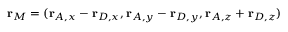
\mathbf { r } _ { M } = ( \mathbf { r } _ { A , x } - \mathbf { r } _ { D , x } , \mathbf { r } _ { A , y } - \mathbf { r } _ { D , y } , \mathbf { r } _ { A , z } + \mathbf { r } _ { D , z } )